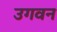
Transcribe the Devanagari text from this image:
उगवन